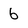
Character: 6